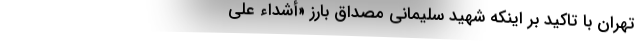
تهران با تاکید بر اینکه شهید سلیمانی مصداق بارز «أَشِدَّاء عَلَی